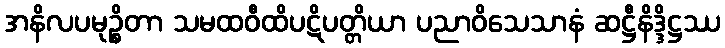
အနိလပမုဉ္စိတာ သမထဝီထိပဋိပတ္တိယာ ပညာဝိသေသာနံ ဆဋ္ဌီနိဒ္ဒိဋ္ဌဿ